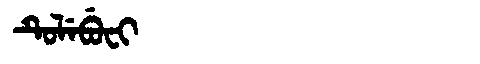
Manchu: ᡨᡠᠯᡝᠪᡠᠸᡳ
Romanization: TULEBUFI